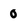
Character: 0